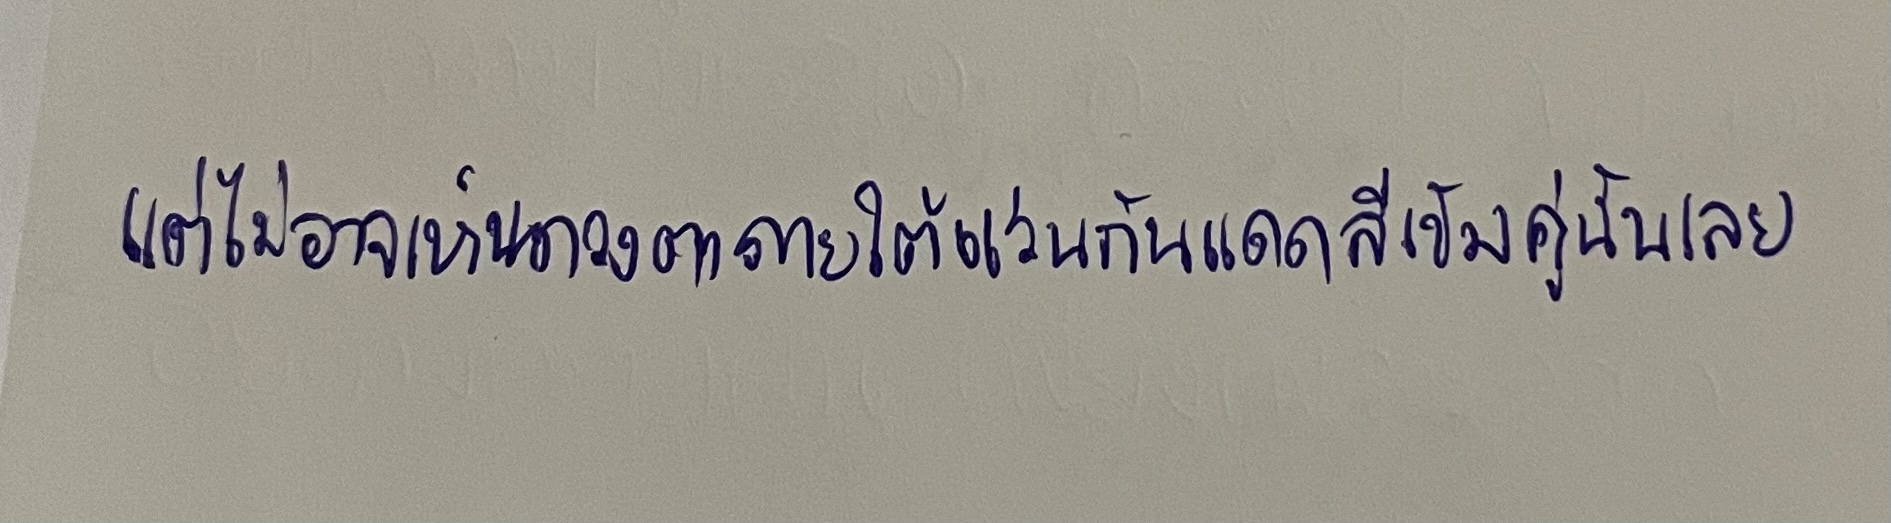
แต่ไม่อาจเห็นดวงตาภายใต้แว่นกันแดดสีเข้มคู่นั้นเลย